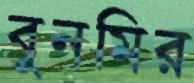
বুনমির